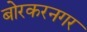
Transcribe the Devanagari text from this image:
बोरकरनगर